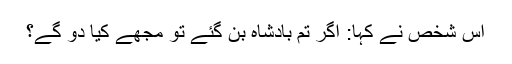
اس شخص نے کہا: اگر تم بادشاہ بن گئے تو مجھے کیا دو گے؟